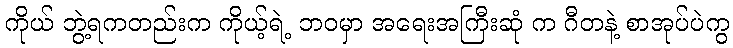
ကိုယ် ဘွဲ့ရကတည်းက ကိုယ့်ရဲ့ ဘဝမှာ အရေးအကြီးဆုံ က ဂီတနဲ့ စာအုပ်ပဲကွ